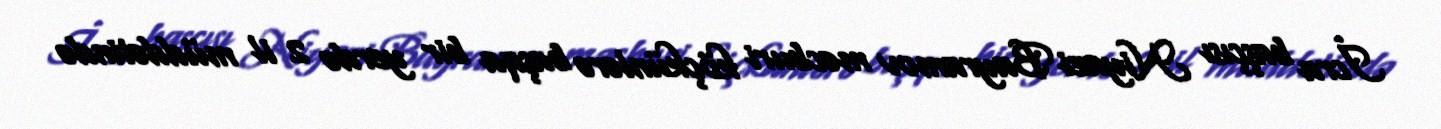
İcra başçısı Niyazi Bayramov məcburi köçkünlərə başqa bir yerdə 2 il müddətində